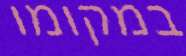
במקומו